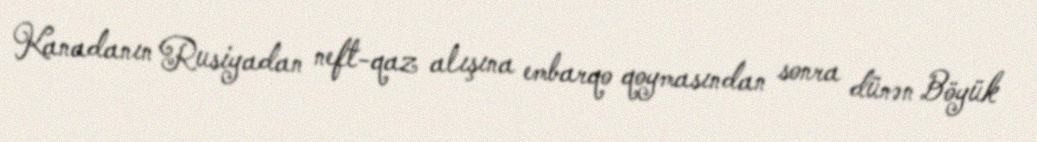
Kanadanın Rusiyadan neft-qaz alışına embarqo qoymasından sonra dünən Böyük